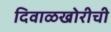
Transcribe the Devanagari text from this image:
दिवाळखोरीची